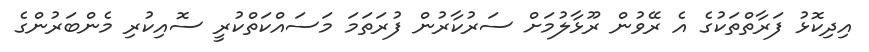
އިދިކޮޅު ފަރާތްތަކުގެ އެ ރޭވުން ރޫޅާލުމަށް ސަރުކާރުން ފުރަތަމަ މަސައްކަތްކުރީ ސޮއިކުރި މެންބަރުންގެ